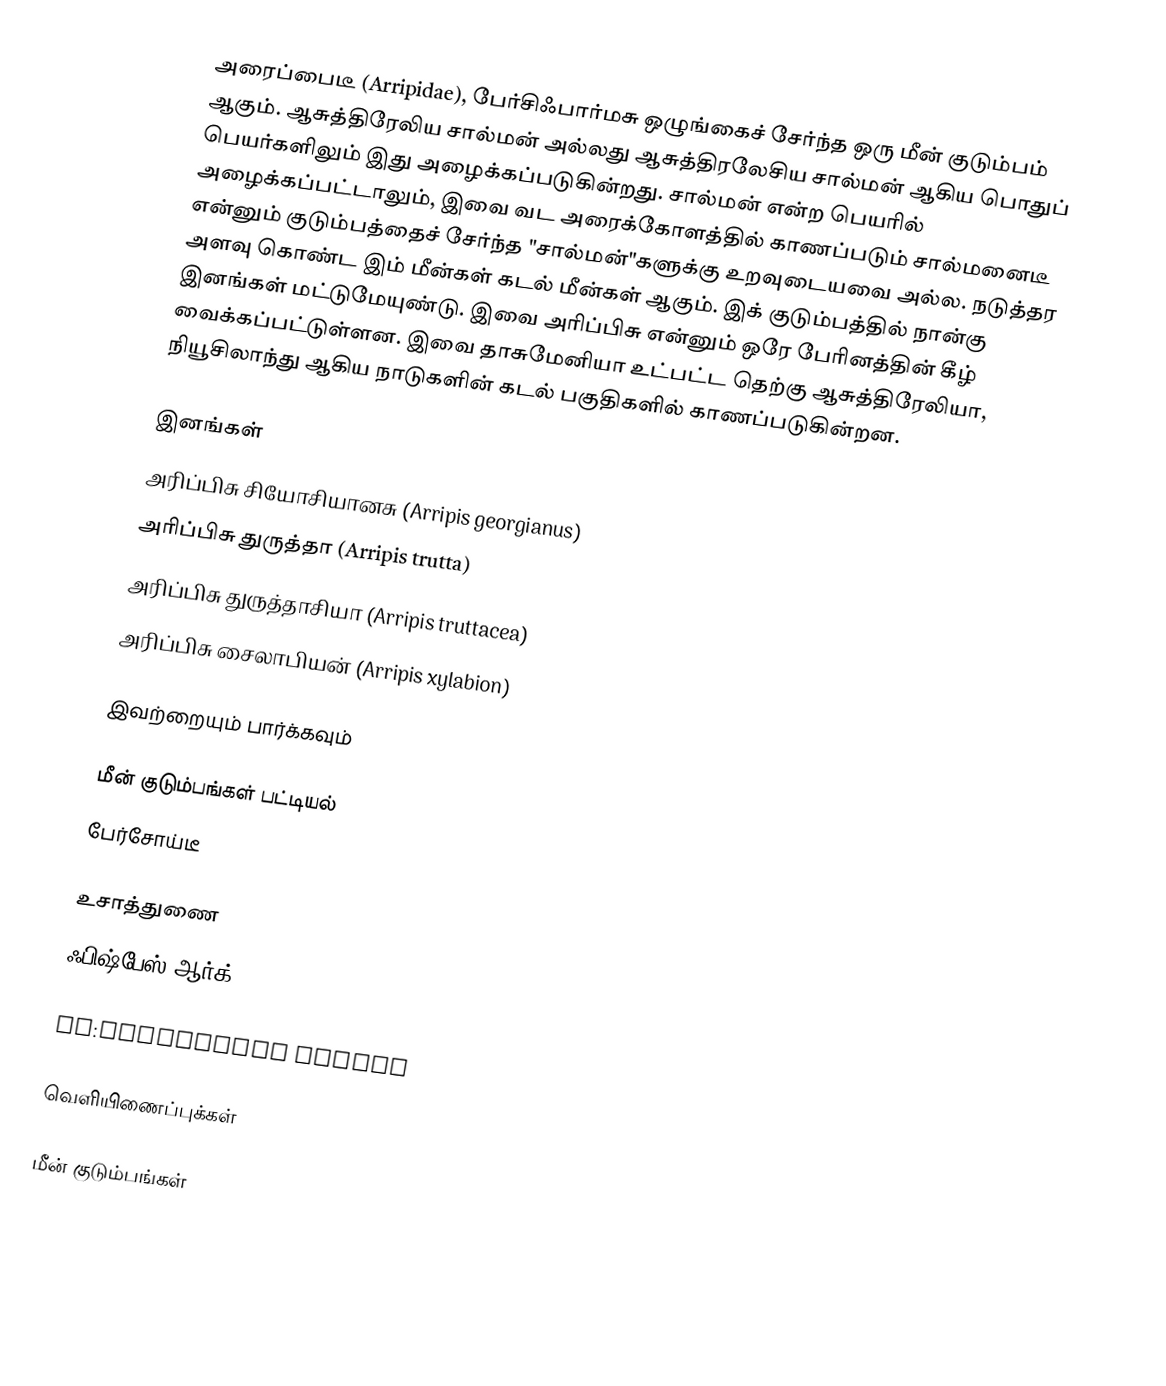
அரைப்பைடீ (Arripidae), பேர்சிஃபார்மசு ஒழுங்கைச் சேர்ந்த ஒரு மீன் குடும்பம் ஆகும். ஆசுத்திரேலிய சால்மன் அல்லது ஆசுத்திரலேசிய சால்மன் ஆகிய பொதுப் பெயர்களிலும் இது அழைக்கப்படுகின்றது. சால்மன் என்ற பெயரில் அழைக்கப்பட்டாலும், இவை வட அரைக்கோளத்தில் காணப்படும் சால்மனைடீ என்னும் குடும்பத்தைச் சேர்ந்த "சால்மன்"களுக்கு உறவுடையவை அல்ல. நடுத்தர அளவு கொண்ட இம் மீன்கள் கடல் மீன்கள் ஆகும். இக் குடும்பத்தில் நான்கு இனங்கள் மட்டுமேயுண்டு. இவை அரிப்பிசு என்னும் ஒரே பேரினத்தின் கீழ் வைக்கப்பட்டுள்ளன. இவை தாசுமேனியா உட்பட்ட தெற்கு ஆசுத்திரேலியா, நியூசிலாந்து ஆகிய நாடுகளின் கடல் பகுதிகளில் காணப்படுகின்றன.

இனங்கள்
அரிப்பிசு சியோசியானசு (Arripis georgianus)
அரிப்பிசு துருத்தா (Arripis trutta)
அரிப்பிசு துருத்தாசியா (Arripis truttacea)
அரிப்பிசு சைலாபியன் (Arripis xylabion)

இவற்றையும் பார்க்கவும்

 மீன் குடும்பங்கள் பட்டியல்
 பேர்சோய்டீ

உசாத்துணை
 ஃபிஷ்பேஸ்.ஆர்க்

en:Australian salmon

வெளியிணைப்புக்கள்

மீன் குடும்பங்கள்